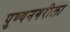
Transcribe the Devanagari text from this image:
पुण्यनगरीला